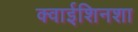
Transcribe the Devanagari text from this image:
क्वाईशिनशा